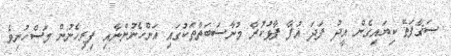
ސަޤާފަތޭ ކިޔައިގެން އީދު ފަދަ އުފާ ފާޅުކުރާ މުނާސަބަތްތަކުގައި އަންހެނުންނާއި ފިރިހެނުން މަސްހުނިވެ